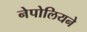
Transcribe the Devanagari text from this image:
नेपोलियने